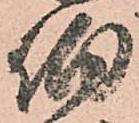
伯